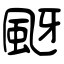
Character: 颬